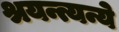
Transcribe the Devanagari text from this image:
श्रयन्त्यन्ये